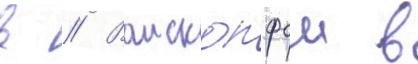
в // Ваископфом в